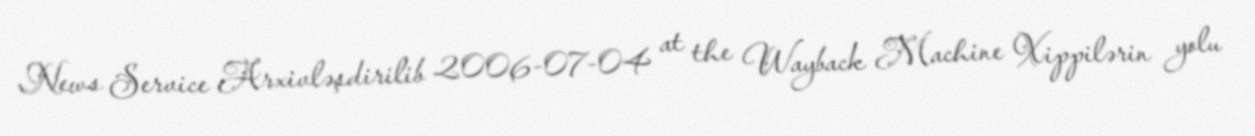
News Service Arxivləşdirilib 2006-07-04 at the Wayback Machine Xippilərin yolu